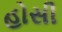
હોસી